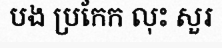
បង ប្រកែក លុះ សួរ